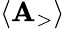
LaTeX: \langle{\mathbf{A}_{\mathrm{{>}}}}\rangle